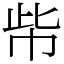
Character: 㠿